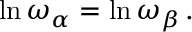
\ln \omega _ { \alpha } = \ln \omega _ { \beta } \, .